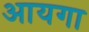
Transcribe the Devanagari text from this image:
आयगा